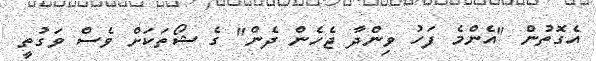
އެގޮތުން "އެންމެ ފަހު ވިންދާ ޖެހެން ދެން" ގެ ޝޯތަކަށް ވެސް ވަގުތީ